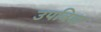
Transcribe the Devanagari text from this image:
उपविद्या